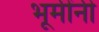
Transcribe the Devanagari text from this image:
भूमींनी